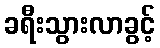
ခရီးသွားလာခွင့်